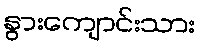
နွားကျောင်းသား